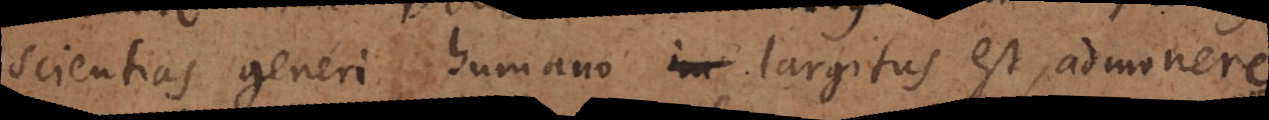
scientias generi humano in largitus est, admonere